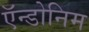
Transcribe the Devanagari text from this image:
ऍन्डोनिम